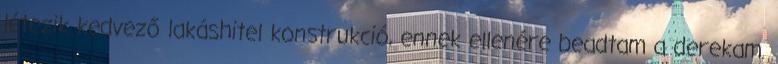
létezik kedvező lakáshitel konstrukció, ennek ellenére beadtam a derekam.